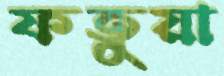
ফতুয়া